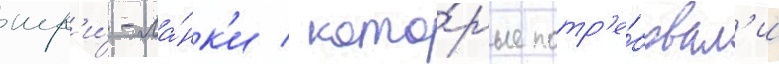
шр'и́-ла́нк'и / кото́рые потр'е́бовал'и